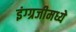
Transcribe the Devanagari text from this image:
इंग्ग्रजीमध्ये